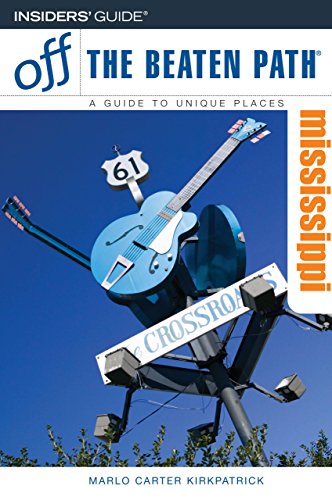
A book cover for Mississippi Off the Beaten Path, 6th (Off the Beaten Path Series); Marlo Carter Kirkpatrick; Travel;